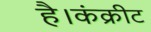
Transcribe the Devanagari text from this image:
है।कंक्रीट